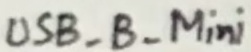
Text: UDB_B_Mini